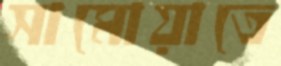
সামোয়াতে